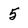
Character: 5